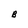
Character: B